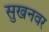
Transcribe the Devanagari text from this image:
सुखनवर